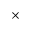
\times